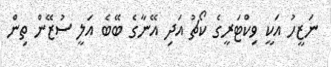
ނަޒީހު އަކީ ވިކްޓަރީގެ ކޯޗު އަދި އޭނާގެ ބޭބެ އަލީ ސުޒޭން ތިން